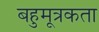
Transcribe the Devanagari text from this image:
बहुमूत्रकता